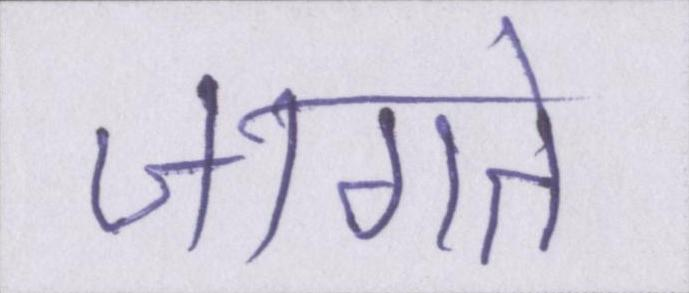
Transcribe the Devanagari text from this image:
जागते